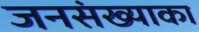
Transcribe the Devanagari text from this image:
जनसंख्याका